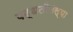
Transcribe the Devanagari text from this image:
पद्धतीतल्या